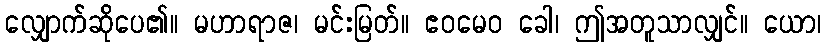
လျှောက်ဆိုပေ၏။ မဟာရာဇ၊ မင်းမြတ်။ ဧဝမေဝ ခေါ၊ ဤအတူသာလျှင်။ ယော၊